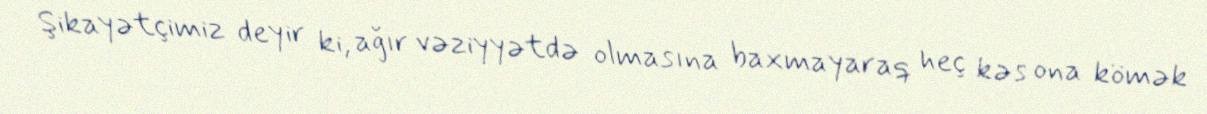
Şikayətçimiz deyir ki, ağır vəziyyətdə olmasına baxmayaraq heç kəs ona kömək